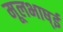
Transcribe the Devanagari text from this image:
मूलभाष्ई